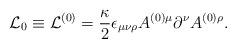
LaTeX: \begin{align*}{\cal L}_0 \equiv {\cal L}^{(0)} = \frac{\kappa}{2}\epsilon_{\mu\nu\rho}A^{(0)\mu} \partial^\nu A^{(0)\rho}.\end{align*}